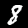
Label: 8